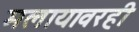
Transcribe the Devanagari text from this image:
मलायावरही